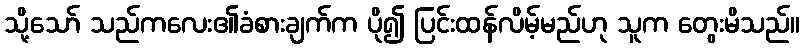
သို့သော် သည်ကလေး၏ခံစားချက်က ပို၍ ပြင်းထန်လိမ့်မည်ဟု သူက တွေးမိသည်။